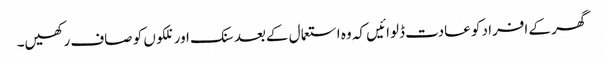
گھر کے افراد کو عادت ڈلوائیں کہ وہ استعما ل کےبعد سنک اور نلکوں کو صاف رکھیں۔